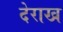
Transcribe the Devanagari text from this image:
देराख